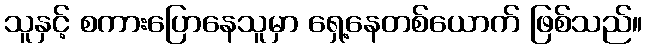
သူနှင့် စကားပြောနေသူမှာ ရှေ့နေတစ်ယောက် ဖြစ်သည်။